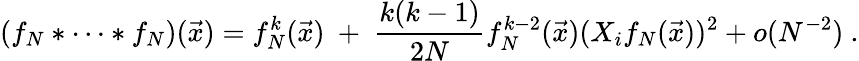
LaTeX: (f_{N}*\dots*f_{N})(\vec{x})=f_{N}^{k}(\vec{x})\ +\ \frac{k(k-1)}{2N}f_{N}^{k-2}(\vec{x})(X_{i}f_{N}(\vec{x}))^{2}+o(N^{-2})\ .